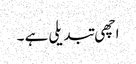
اچھی تبدیلی ہے ۔